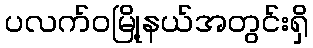
ပလက်ဝမြို့နယ်အတွင်းရှိ